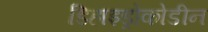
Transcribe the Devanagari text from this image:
डिहाइड्रोकोडीन